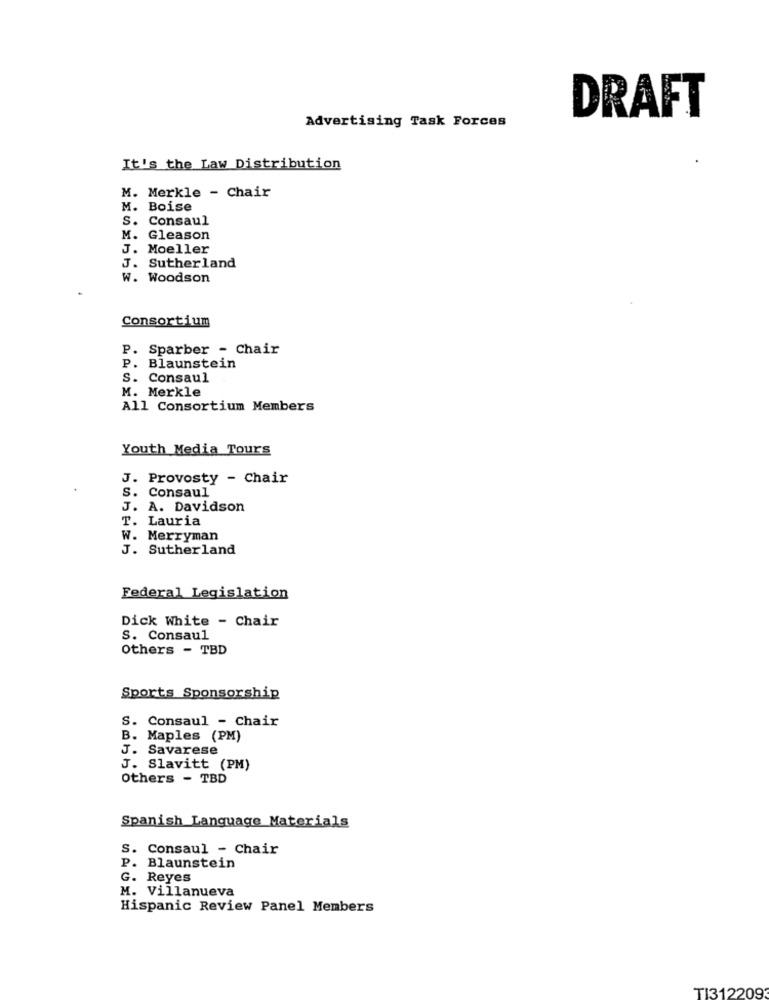
DRAFT
Advertising Task Forces
It's the Law Distribution
M. Merkle - Chair
M. Boise
S. Consaul
M. Gleason
J. Moeller
J. Sutherland
W. Woodson
Consortium
P. Sparber - Chair
P. Blaunstein
S. Consaul
M. Merkle
All Consortium Members
Youth Media Tours
J. Provosty - Chair
S. Consaul
J. A. Davidson
T. Lauria
W. Merryman
J. Sutherland
Federal Legislation
Dick White - Chair
S. Consaul
Others - TBD
Sports Sponsorship
S. Consaul - Chair
B. Maples (PM)
J. Savarese
J. Slavitt (PM)
Others - TBD
Spanish Language Materials
S. Consaul - Chair
P. Blaunstein
G. Reyes
M. Villanueva
Hispanic Review Panel Members
TI312209